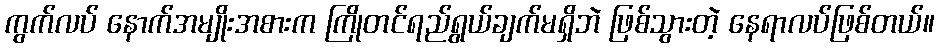
ကွက်လပ် နောက်အမျိုးအစားက ကြိုတင်ရည်ရွယ်ချက်မရှိဘဲ ဖြစ်သွားတဲ့ နေရာလပ်ဖြစ်တယ်။